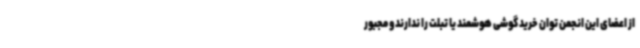
از اعضای این انجمن توان خرید گوشی هوشمند یا تبلت را ندارند و مجبور